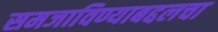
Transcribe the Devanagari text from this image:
समजाविण्याबद्दलचा